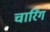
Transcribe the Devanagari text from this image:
चारिंग